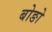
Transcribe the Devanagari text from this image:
बोङो